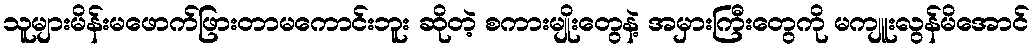
သူများမိန်းမဖောက်ဖြားတာမကောင်းဘူး ဆိုတဲ့ စကားမျိုးတွေနဲ့ အမှားကြီးတွေကို မကျူးလွန်မိအောင်